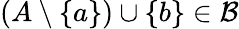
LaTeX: (A\setminus\{ a\} )\cup\{ b\} \in{\mathcal{B}}